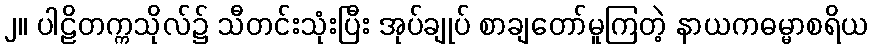
၂။ ပါဠိတက္ကသိုလ်၌ သီတင်းသုံးပြီး အုပ်ချုပ် စာချတော်မူကြတဲ့ နာယကဓမ္မာစရိယ